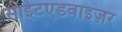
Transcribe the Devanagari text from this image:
साईटएडवाइज़र